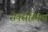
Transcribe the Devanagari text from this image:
सेक्सस्मिथ